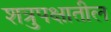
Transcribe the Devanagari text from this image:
शत्रुपक्षातील